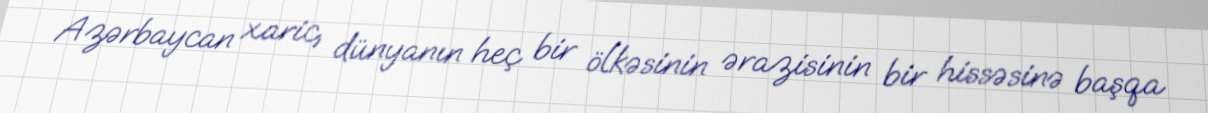
Azərbaycan xaric, dünyanın heç bir ölkəsinin ərazisinin bir hissəsinə başqa